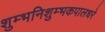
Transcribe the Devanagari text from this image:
शुम्भनिशुम्भकपालधरे